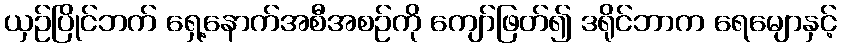
ယှဉ်ပြိုင်ဘက် ရှေ့နောက်အစီအစဉ်ကို ကျော်ဖြတ်၍ ဒရိုင်ဘာက ရေမျောနှင့်